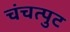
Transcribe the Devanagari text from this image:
चंचत्पुट